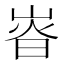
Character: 𡸱